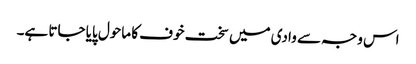
اس وجہ سے وادی میں سخت خوف کا ماحول پایا جاتا ہے۔